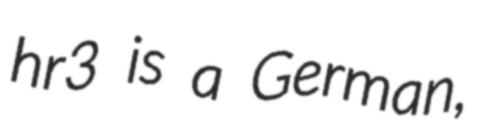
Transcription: hr3 is a German,